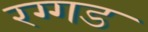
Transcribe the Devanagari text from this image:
रग्गड